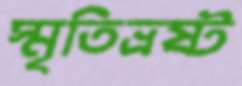
স্মৃতিভ্রষ্ট